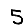
Digit: 5